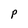
Character: p